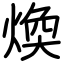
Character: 煥